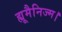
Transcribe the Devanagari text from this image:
ह्यूमैनिज्म।